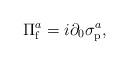
LaTeX: \begin{align*}\Pi_{\rm f}^{a}= i\partial_{0}\sigma_{\rm p}^{a},\end{align*}